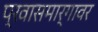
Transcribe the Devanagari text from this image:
प्रवासमार्गावर